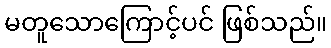
မတူသောကြောင့်ပင် ဖြစ်သည်။